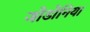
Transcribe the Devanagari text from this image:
जोडोनिया